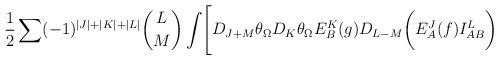
\begin{align*}{1 \over 2}\sum (-1)^{|J|+|K|+|L|}{L \choose M}\int \Biggl[D_{J+M}\theta_{\Omega} D_K\theta_{\Omega} E^K_B(g)D_{L-M}\biggl( E^J_A(f)I^L_{AB}\biggr)\end{align*}